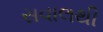
સવાલથી